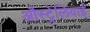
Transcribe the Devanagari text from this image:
औस्ट्रेलियाई